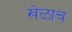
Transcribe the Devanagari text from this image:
खेळाच